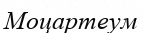
Моцартеум